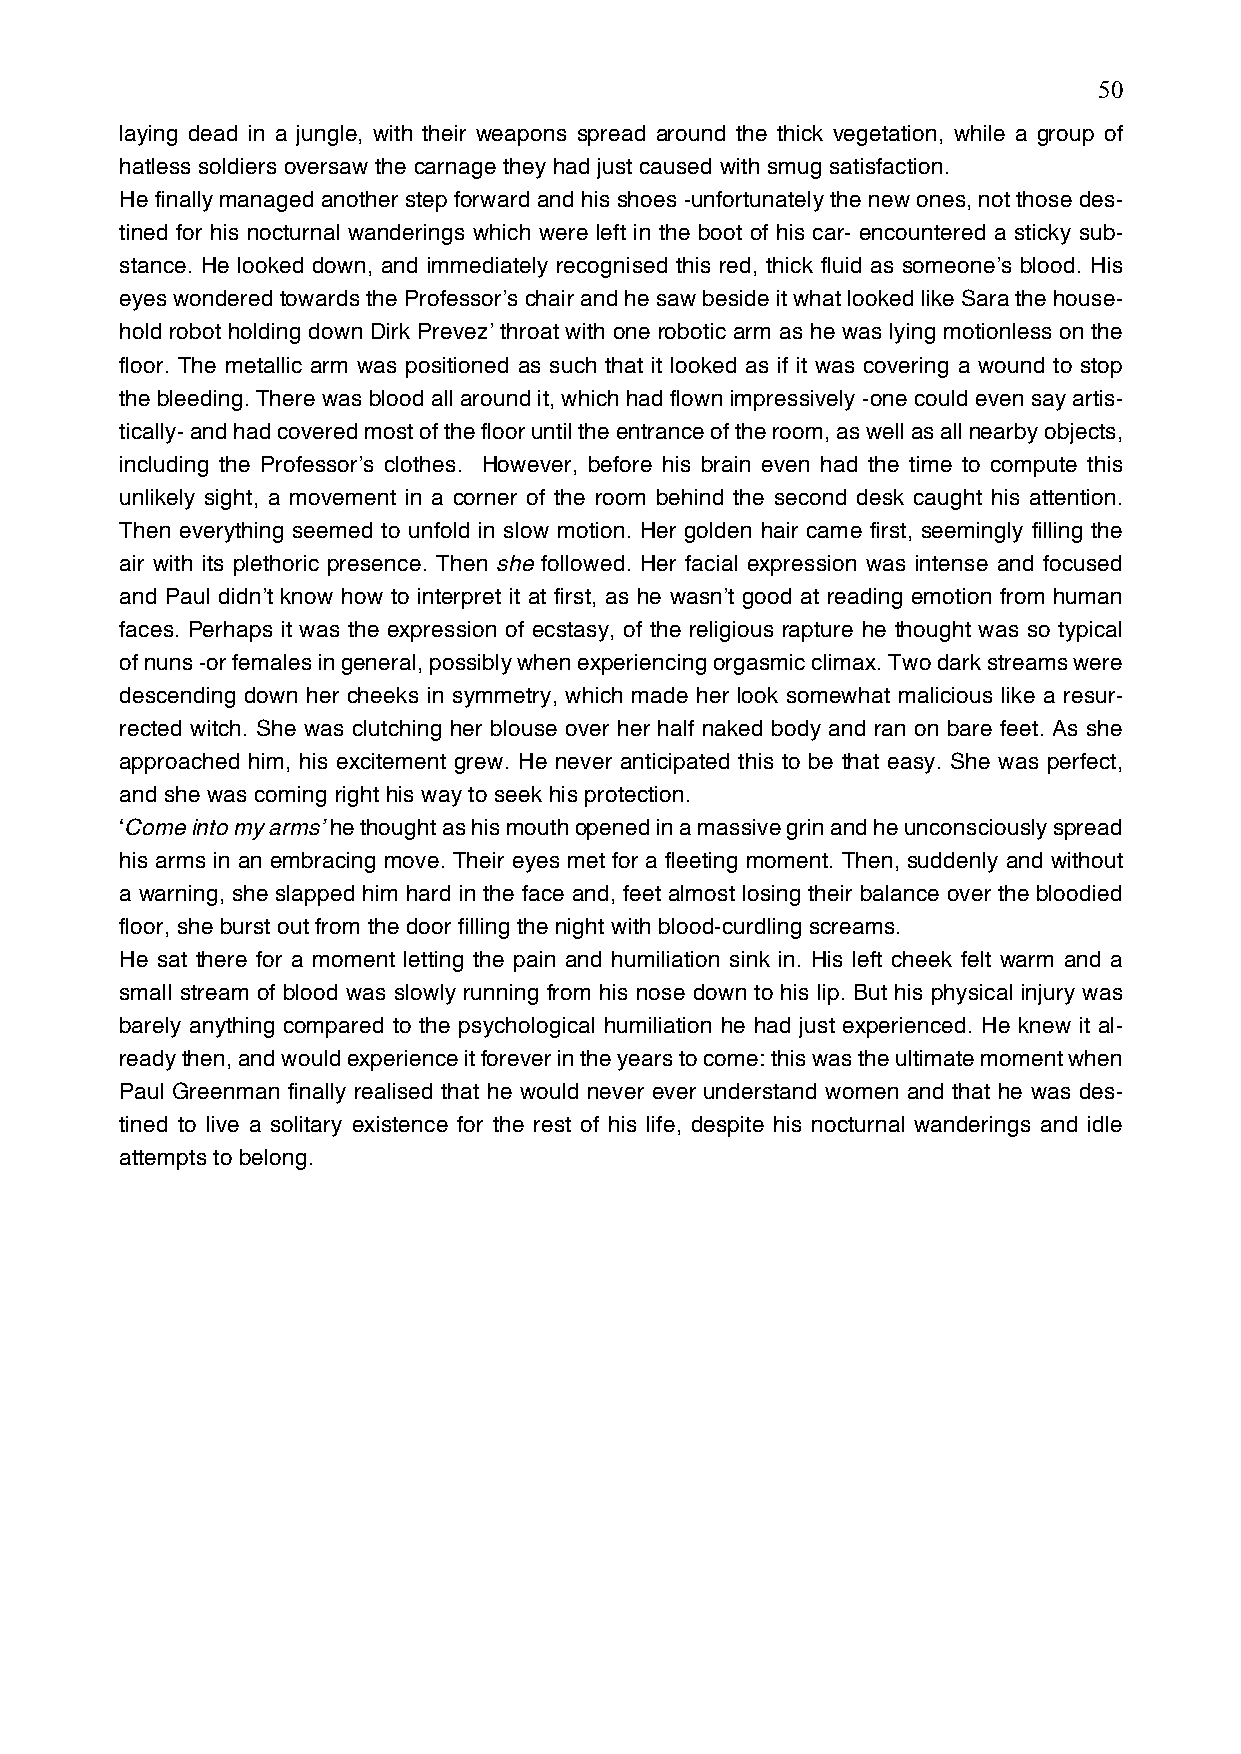
50
 laying dead in a jungle, with their weapons spread around the thick vegetation, while a group of
 hatless soldiers oversaw the carnage they had just caused with smug satisfaction.
 He finally managed another step forward and his shoes -unfortunately the new ones, not those des-
 tined for his nocturnal wanderings which were left in the boot of his car- encountered a sticky sub-
 stance. He looked down, and immediately recognised this red, thick fluid as someone’s blood. His
 eyes wondered towards the Professor’s chair and he saw beside it what looked like Sara the house-
 hold robot holding down Dirk Prevez’ throat with one robotic arm as he was lying motionless on the
 floor. The metallic arm was positioned as such that it looked as if it was covering a wound to stop
 the bleeding. There was blood all around it, which had flown impressively -one could even say artis-
 tically- and had covered most of the floor until the entrance of the room, as well as all nearby objects,
 including the Professor’s clothes. However, before his brain even had the time to compute this
 unlikely sight, a movement in a corner of the room behind the second desk caught his attention.
 Then everything seemed to unfold in slow motion. Her golden hair came first, seemingly filling the
 air with its plethoric presence. Then she followed. Her facial expression was intense and focused
 and Paul didn’t know how to interpret it at first, as he wasn’t good at reading emotion from human
 faces. Perhaps it was the expression of ecstasy, of the religious rapture he thought was so typical
 of nuns -or females in general, possibly when experiencing orgasmic climax. Two dark streams were
 descending down her cheeks in symmetry, which made her look somewhat malicious like a resur-
 rected witch. She was clutching her blouse over her half naked body and ran on bare feet. As she
 approached him, his excitement grew. He never anticipated this to be that easy. She was perfect,
 and she was coming right his way to seek his protection.
 ‘Come into my arms’ he thought as his mouth opened in a massive grin and he unconsciously spread
 his arms in an embracing move. Their eyes met for a fleeting moment. Then, suddenly and without
 a warning, she slapped him hard in the face and, feet almost losing their balance over the bloodied
 floor, she burst out from the door filling the night with blood-curdling screams.
 He sat there for a moment letting the pain and humiliation sink in. His left cheek felt warm and a
 small stream of blood was slowly running from his nose down to his lip. But his physical injury was
 barely anything compared to the psychological humiliation he had just experienced. He knew it al-
 ready then, and would experience it forever in the years to come: this was the ultimate moment when
 Paul Greenman finally realised that he would never ever understand women and that he was des-
 tined to live a solitary existence for the rest of his life, despite his nocturnal wanderings and idle
 attempts to belong.